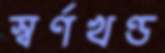
স্বর্ণখণ্ড